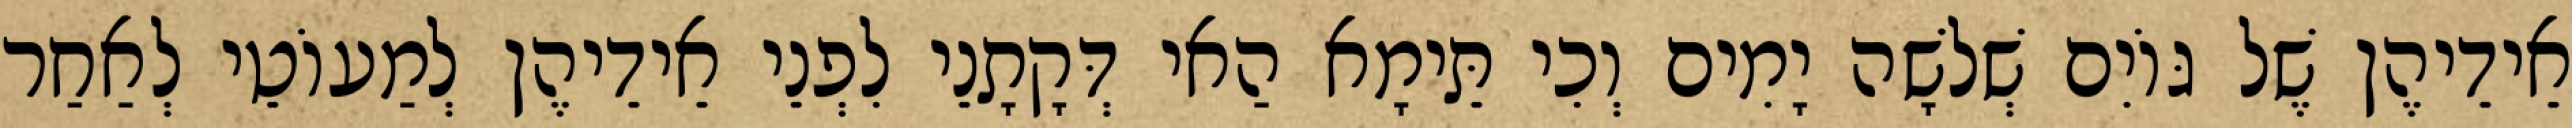
אֵידֵיהֶן שֶׁל גּוֹיִם שְׁלֹשָׁה יָמִים וְכִי תֵּימָא הַאי דְּקָתָנֵי לִפְנֵי אֵידֵיהֶן לְמַעוֹטֵי לְאַחַר